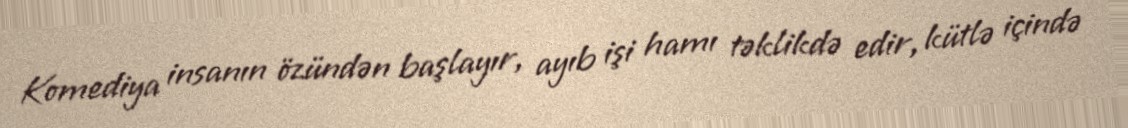
Komediya insanın özündən başlayır, ayıb işi hamı təklikdə edir, kütlə içində